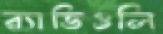
র্যাভিওলি